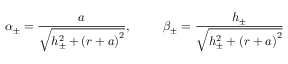
\alpha _ { \pm } = \frac { a } { \sqrt { h _ { \pm } ^ { 2 } + \left( r + a \right) ^ { 2 } } } , \ \ \ \, \ \ \ \ \beta _ { \pm } = \frac { h _ { \pm } } { \sqrt { h _ { \pm } ^ { 2 } + \left( r + a \right) ^ { 2 } } } \ \ \ \ \